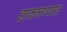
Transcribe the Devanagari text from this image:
हाकलण्यात